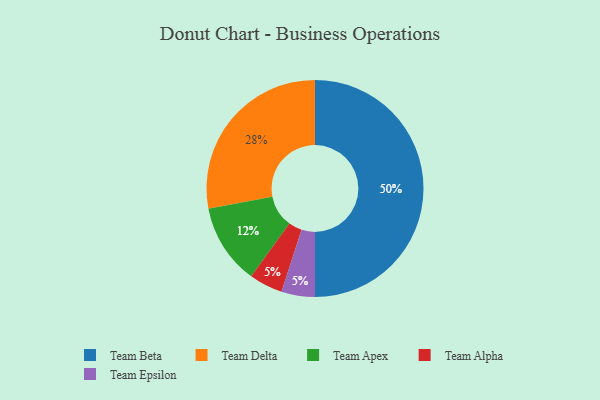
{"axis": {"x": "Category", "y": "Percentage"}, "legend": ["Team Alpha", "Team Apex", "Team Beta", "Team Delta", "Team Epsilon"], "data": [{"x": "Team Beta", "y": 50, "type": "Team Beta"}, {"x": "Team Alpha", "y": 5, "type": "Team Alpha"}, {"x": "Team Apex", "y": 12, "type": "Team Apex"}, {"x": "Team Epsilon", "y": 5, "type": "Team Epsilon"}, {"x": "Team Delta", "y": 28, "type": "Team Delta"}]}